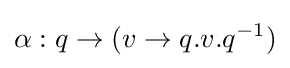
\alpha :q\to (v\to q.v.q^{-1})